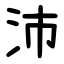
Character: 沛